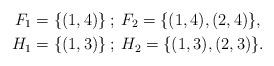
LaTeX: \begin{align*}F_1 &= \{(1,4)\}\:; \: F_2=\{(1,4), (2,4)\}, \\H_1 &= \{(1,3)\}\:; \: H_2 = \{(1,3), (2,3)\}.\end{align*}